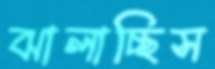
ঝালাচ্ছিস